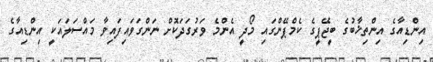
އިންޑިއާގެ އިންތިޚާބުގެ ބީޖޭޕީގެ ކެމްޕޭންގައި މޯދީ އެންމެ ވަރުގަދަކޮށް ނަންގަވައިފައިވާ މައްސަލައަކީ އިންޑިއާގެ